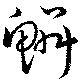
鱗